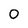
Character: 0